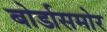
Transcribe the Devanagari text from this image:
बोर्डासमोर